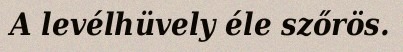
A levélhüvely éle szőrös.